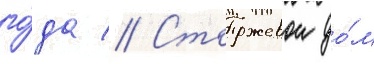
го́да // Сторожевои до́м